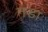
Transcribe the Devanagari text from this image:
नडा